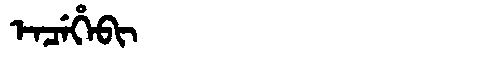
Manchu: ᡝᠨᠴᡝᡥᡝᠪᡳ
Romanization: ENCEHEBI